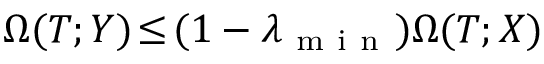
\Omega ( T ; Y ) \! \le \! ( 1 - \lambda _ { \mathrm { ~ m ~ i ~ n ~ } } ) \Omega ( T ; X )